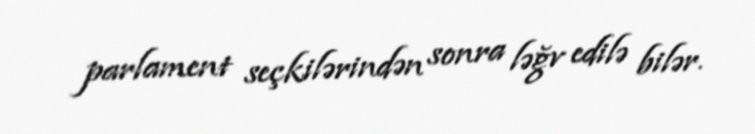
parlament seçkilərindən sonra ləğv edilə bilər.